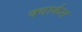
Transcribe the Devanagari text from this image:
क्वार्कस